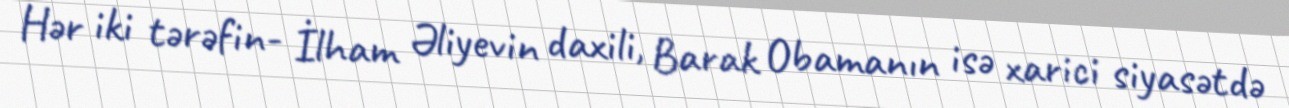
Hər iki tərəfin- İlham Əliyevin daxili, Barak Obamanın isə xarici siyasətdə